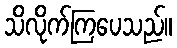
သိလိုက်ကြပေသည်။